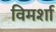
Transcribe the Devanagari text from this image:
विमर्शा